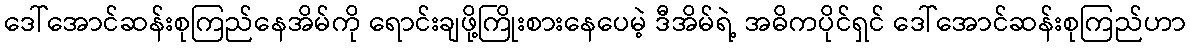
ဒေါ်အောင်ဆန်းစုကြည်နေအိမ်ကို ရောင်းချဖို့ကြိုးစားနေပေမဲ့ ဒီအိမ်ရဲ့ အဓိကပိုင်ရှင် ဒေါ်အောင်ဆန်းစုကြည်ဟာ